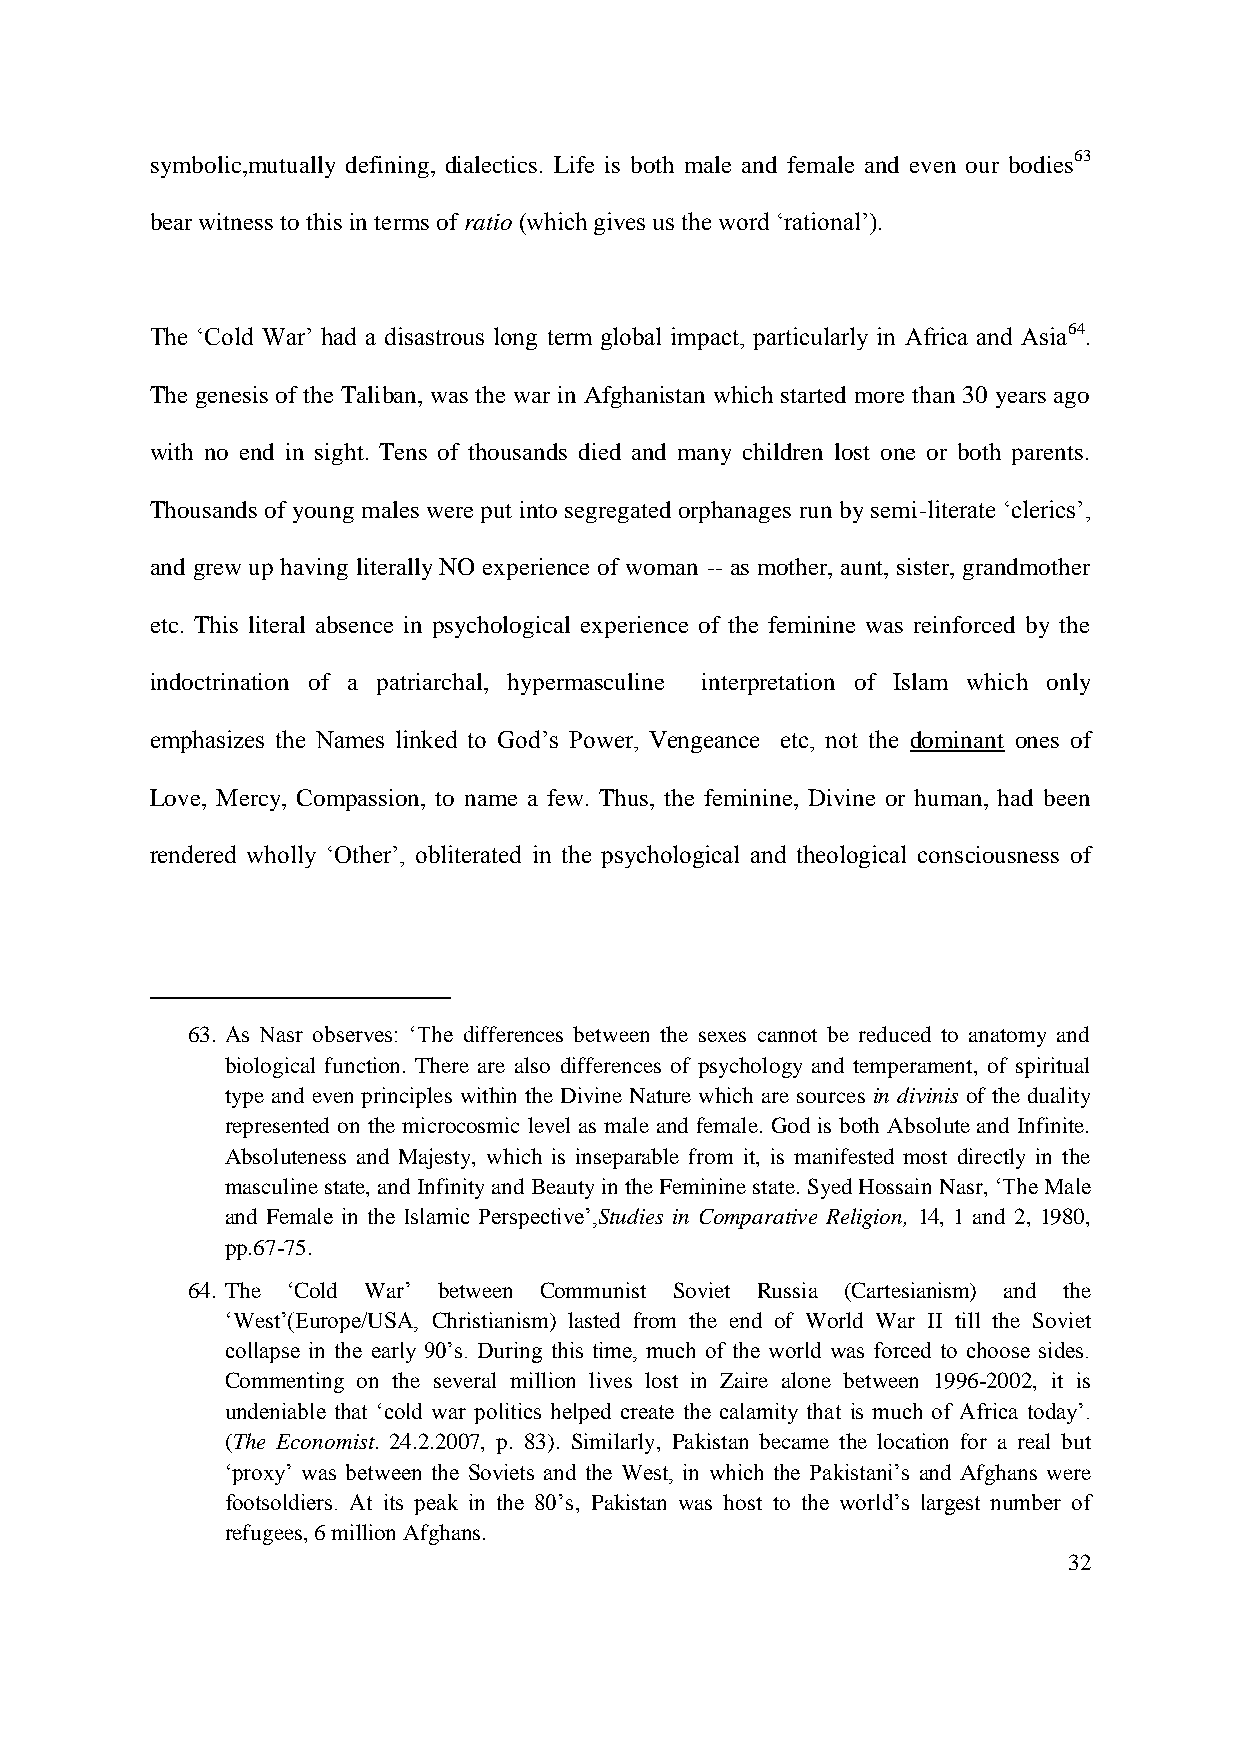
symbolic,mutually defining, dialectics. Life is both male and female and even our bodies63
 bear witness to this in terms of ratio (which gives us the word „rational‟).
 The „Cold War‟ had a disastrous long term global impact, particularly in Africa and Asia64.
 The genesis of the Taliban, was the war in Afghanistan which started more than 30 years ago
 with no end in sight. Tens of thousands died and many children lost one or both parents.
 Thousands of young males were put into segregated orphanages run by semi-literate „clerics‟,
 and grew up having literally NO experience of woman -- as mother, aunt, sister, grandmother
 etc. This literal absence in psychological experience of the feminine was reinforced by the
 indoctrination of a patriarchal, hypermasculine interpretation of Islam which only
 emphasizes the Names linked to God‟s Power, Vengeance etc, not the dominant ones of
 Love, Mercy, Compassion, to name a few. Thus, the feminine, Divine or human, had been
 rendered wholly „Other‟, obliterated in the psychological and theological consciousness of
 63. As Nasr observes: „The differences between the sexes cannot be reduced to anatomy and
 biological function. There are also differences of psychology and temperament, of spiritual
 type and even principles within the Divine Nature which are sources in divinis of the duality
 represented on the microcosmic level as male and female. God is both Absolute and Infinite.
 Absoluteness and Majesty, which is inseparable from it, is manifested most directly in the
 masculine state, and Infinity and Beauty in the Feminine state. Syed Hossain Nasr, „The Male
 and Female in the Islamic Perspective‟,Studies in Comparative Religion, 14, 1 and 2, 1980,
 pp.67-75.
 64. The „Cold War‟ between Communist Soviet Russia (Cartesianism) and the
 „West‟(Europe/USA, Christianism) lasted from the end of World War II till the Soviet
 collapse in the early 90‟s. During this time, much of the world was forced to choose sides.
 Commenting on the several million lives lost in Zaire alone between 1996-2002, it is
 undeniable that „cold war politics helped create the calamity that is much of Africa today‟.
 (The Economist. 24.2.2007, p. 83). Similarly, Pakistan became the location for a real but
 „proxy‟ was between the Soviets and the West, in which the Pakistani‟s and Afghans were
 footsoldiers. At its peak in the 80‟s, Pakistan was host to the world‟s largest number of
 refugees, 6 million Afghans.
 32